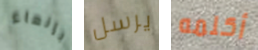
بإنهاء يرسل أكلمه